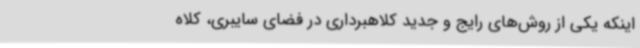
اینکه یکی از روش‌های رایج‌ و جدید کلاهبرداری در فضای سایبری، کلاه